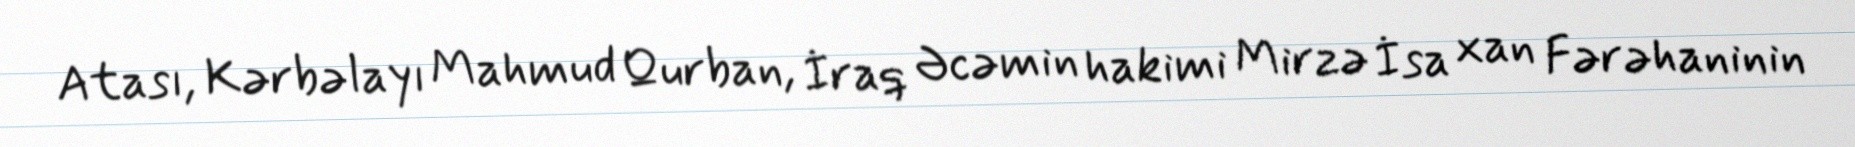
Atası, Kərbəlayı Mahmud Qurban, İraq Əcəmin hakimi Mirzə İsa xan Fərəhaninin